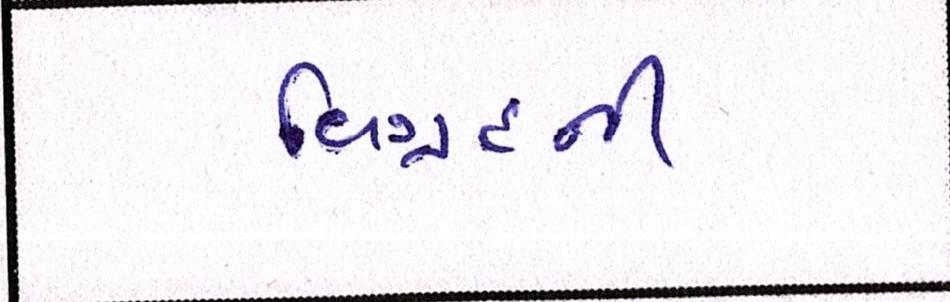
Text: વિગ્રહની